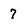
Character: 7